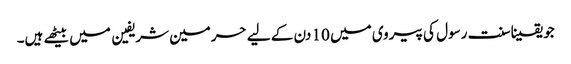
جو یقینا سنت رسول کی پیروی میں 10 دن کے لیے حرمین شریفین میں بیٹھے ہیں۔